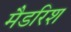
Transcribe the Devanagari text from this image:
मैडरिश